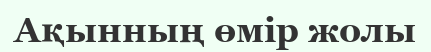
Ақынның өмір жолы